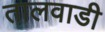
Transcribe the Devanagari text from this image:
तालवाडी